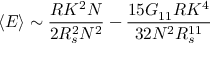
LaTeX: \left< E \right> \sim \frac { R K ^ { 2 } N } { 2 R _ { s } ^ { 2 } N ^ { 2 } } - \frac { 1 5 G _ { 1 1 } R K ^ { 4 } } { 3 2 N ^ { 2 } R _ { s } ^ { 1 1 } }